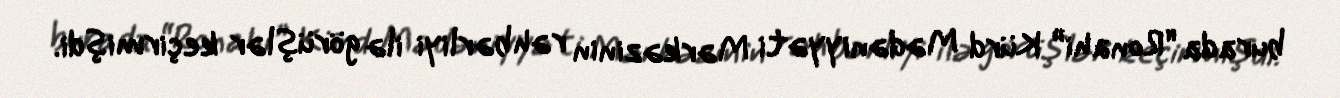
burada “Ronahi” Kürd Mədəniyyəti Mərkəzinin rəhbərliyi ilə görüşlər keçirmişdi.